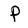
Character: P